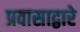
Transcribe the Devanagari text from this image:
प्रवासाद्वारे